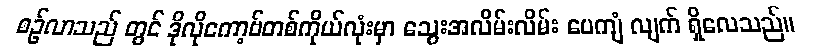
စဉ်လာသည် တွင် ဒိုလိုကော့ဗ်တစ်ကိုယ်လုံးမှာ သွေးအလိမ်းလိမ်း ပေကျံ လျက် ရှိလေသည်။